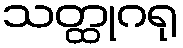
သတ္ထုဂရု